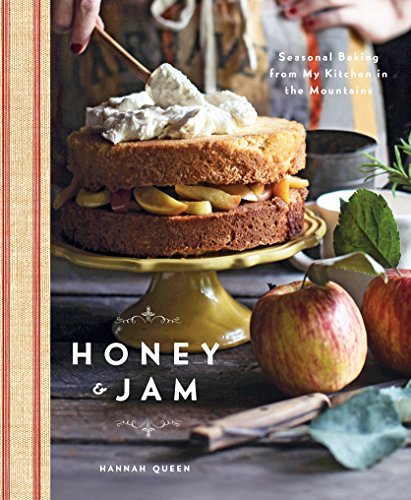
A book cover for Honey and Jam: Seasonal Baking from My Kitchen in the Mountains; Hannah Queen; Cookbooks, Food & Wine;